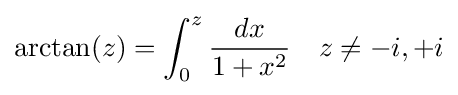
\arctan(z)=\int _{0}^{z}{\frac {dx}{1+x^{2}}}\quad z\neq -i,+i